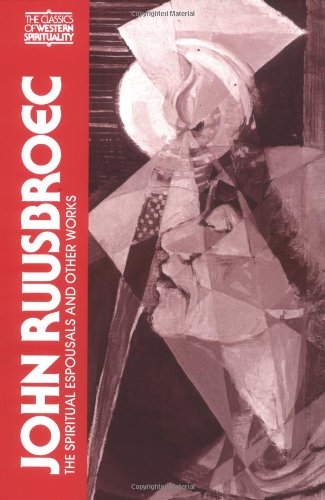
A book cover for John Ruusbroec: The Spiritual Espousals, The Sparkling Stones, and Other Works (Classics of Western Spirituality); Jan Van Ruusbroec; Religion & Spirituality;